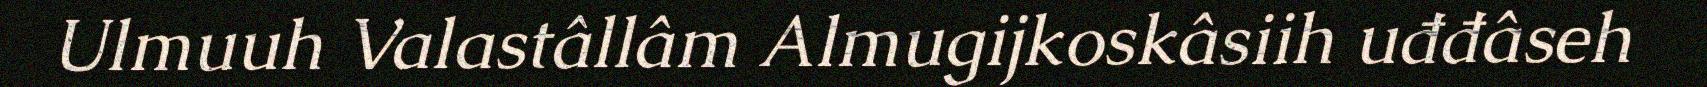
Ulmuuh Valastâllâm Almugijkoskâsiih uđđâseh